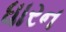
ધારન